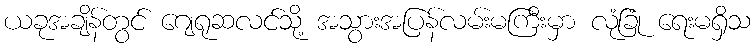
ယခုအချိန်တွင် ဂျေရုဆလင်သို့ အသွားအပြန်လမ်းမကြီးမှာ လုံခြုံ ရေးမရှိသ